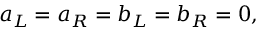
a _ { L } = a _ { R } = b _ { L } = b _ { R } = 0 ,